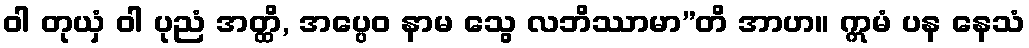
ဝါ တုယှံ ဝါ ပုညံ အတ္ထိ, အပ္ပေဝ နာမ သွေ လဘိဿာမာ”တိ အာဟ။ ဣမံ ပန နေသံ